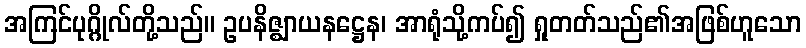
အကြင်ပုဂ္ဂိုလ်တို့သည်။ ဥပနိဇ္ဈာယနဋ္ဌေန၊ အာရုံသို့ကပ်၍ ရှုတတ်သည်၏အဖြစ်ဟူသော